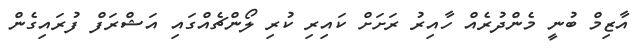
އާޒިމް ބުނީ މެންދުރެއް ހާއިރު ރަށަށް ކައިރި ކުރި ލޯންޗެއްގައި އަޝްރަފް ފުރައިގެން